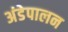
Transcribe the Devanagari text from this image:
अंडेपालन